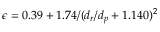
\epsilon = 0 . 3 9 + 1 . 7 4 / ( d _ { r } / d _ { p } + 1 . 1 4 0 ) ^ { 2 }